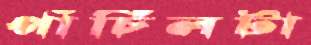
পাঁচিলটা